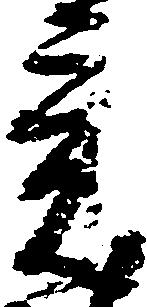
意